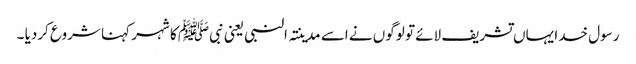
رسول خدا یہاں تشریف لائے تو لوگوں نے اسے مدینتہ النبی یعنی نبیﷺ کا شہر کہنا شروع کردیا ۔